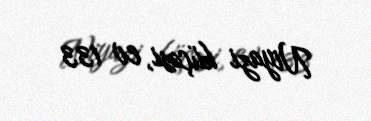
Niyazi küçəsi, ev 133